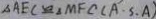
\Delta A E C \cong \Delta M F C ( A \cdot S . A )